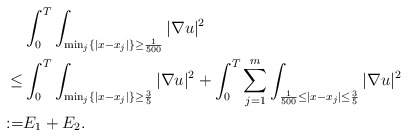
\begin{align*}\begin{aligned} &\int_{0}^{T}\int_{\min_{j}\{|x-x_{j}|\}\geq \frac{1}{500}} |\nabla u|^{2}\\\leq&\int_{0}^{T}\int_{\min_{j}\{|x-x_{j}|\}\geq \frac{3}{5}}|\nabla u|^{2}+\int_{0}^{T}\sum_{j=1}^{m}\int_{ \frac{1}{500}\leq |x-x_{j}|\leq \frac{3}{5}} |\nabla u|^{2}\\:=&E_{1}+E_{2}.\end{aligned}\end{align*}